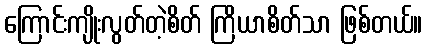
ကြောင်းကျိုးလွတ်တဲ့စိတ် ကြိယာစိတ်သာ ဖြစ်တယ်။